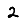
Digit: 2